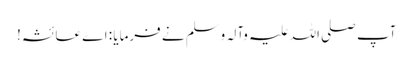
آپ صلی اللہ علیہ وآلہ وسلم نے فرمایا : اے عائشہ!